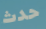
حدث